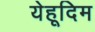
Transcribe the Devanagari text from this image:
येहूदिम